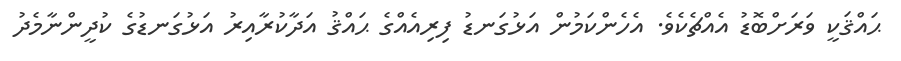
ޙައްޤަކީ ވަރަށްބޮޑު އެއްޗެކެވެ. އެހެންކަމުން އަޅުގަނޑު ފިރިއެއްގެ ޙައްޤު އަދާކުރާއިރު އަޅުގަނޑުގެ ކުދީންނާމެދު